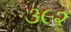
૩૯૨